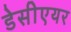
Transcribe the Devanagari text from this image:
डेसीएयर